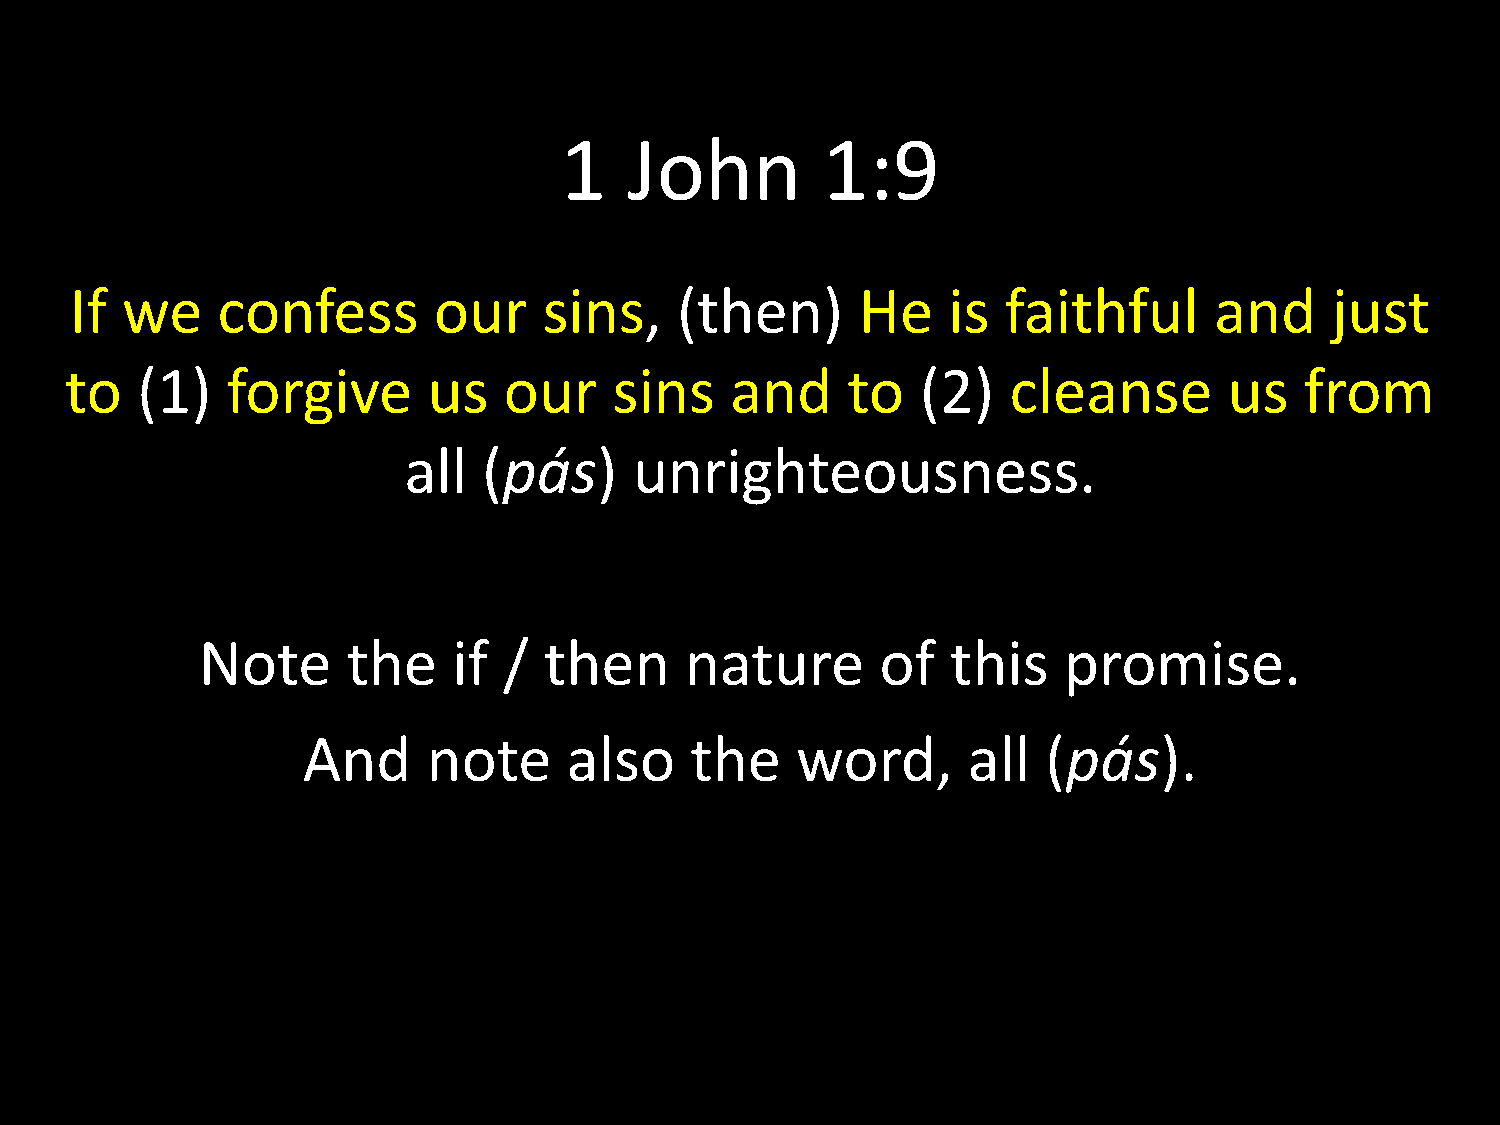
1    John        1:9
 If we    confess        our    sins,    (then)      He    is  faithful     and     just
 to   (1)   forgive      us   our     sins   and     to   (2)   cleanse       us   from
 all  (pás)     unrighteousness.
 Note      the    if /  then     nature       of   this   promise.
 And     note      also    the    word,      all  (pás).